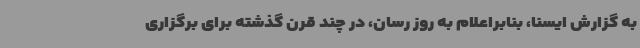
به گزارش ایسنا، بنابراعلام به روز رسان، در چند قرن گذشته برای برگزاری